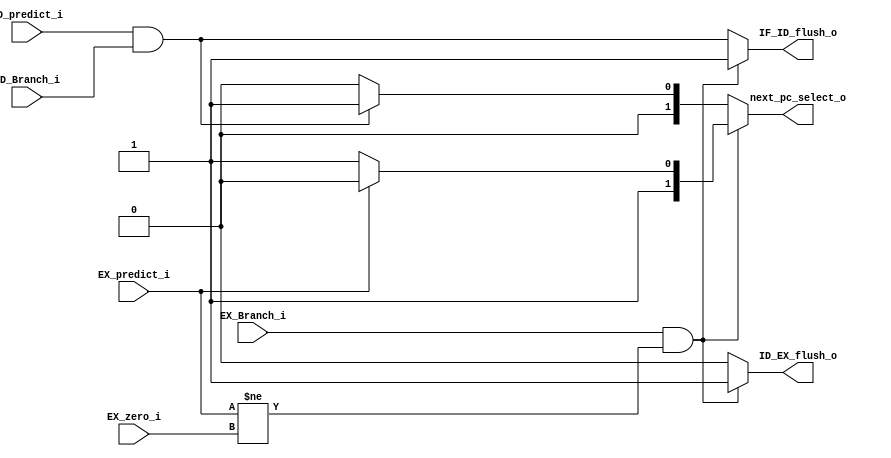
module Branch_Flusher(
    ID_predict_i,
    ID_Branch_i,
    EX_Branch_i, // if EX now a branch
    EX_predict_i,  // previous prediction for EX
    EX_zero_i, // if EX should take the branch
    IF_ID_flush_o,
    ID_EX_flush_o,
    next_pc_select_o,
);

    input ID_predict_i;
    input ID_Branch_i;
    input EX_Branch_i, EX_predict_i, EX_zero_i;

    output reg IF_ID_flush_o, ID_EX_flush_o;
    output reg [1:0] next_pc_select_o;

    wire ID_taken = ID_predict_i && ID_Branch_i; // ID predict taken and is branch
    wire EX_error = EX_predict_i != EX_zero_i; // if the prediction is not equal to gt

    always @(*)
    if (EX_Branch_i && EX_error) // predict error => flush both
    begin
        IF_ID_flush_o <= 1;
        ID_EX_flush_o <= 1;
        if (EX_predict_i) // predict taken, so the real is EX_pc_default
            next_pc_select_o <= 2'b10;
        else // predict non-taken, so the real is EX_pc_branch
            next_pc_select_o <= 2'b11;
    end
    else
    begin
        IF_ID_flush_o <= ID_taken;
        ID_EX_flush_o <= 0;

        if (ID_taken)
            next_pc_select_o <= 2'b01; // predict taken, so the pc change to ID_pc_branch
        else
            next_pc_select_o <= 2'b00; // predict non-taken, use default pc
    end
endmodule